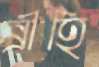
ব্রীহি